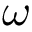
\omega